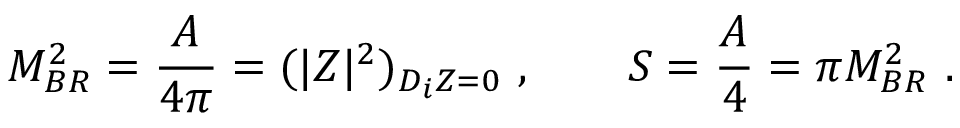
M _ { B R } ^ { 2 } = { \frac { A } { 4 \pi } } = ( | Z | ^ { 2 } ) _ { D _ { i } Z = 0 } \ , \qquad S = { \frac { A } { 4 } } = \pi M _ { B R } ^ { 2 } \ .